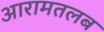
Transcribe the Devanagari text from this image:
आरामतलब